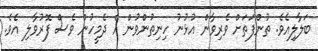
ބަލާލިއެވެ. ތުންފަތަށް ވެރިވާން އުޅުނު ހިނިތުންވުން އެ ދެމީހުން ވެސް ފޮރުވާލި އެވެ.